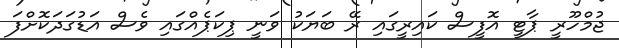
ޖުމްހޫރީ ޕާޓީ އޮފީސް ކައިރީގައި ރޭ ބަޔަކު ވަނީ ޕިކަޕެއްގައި ވެސް އަޑުގަދަކޮށްފަ